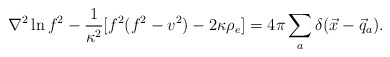
\begin{align*}\nabla^2 \ln f^2 - \frac{1}{\kappa^2} [ f^2(f^2-v^2) - 2\kappa\rho_e] = 4\pi \sum_a \delta(\vec{x}-\vec{q}_a) . \end{align*}